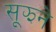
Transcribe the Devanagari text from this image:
सूझने